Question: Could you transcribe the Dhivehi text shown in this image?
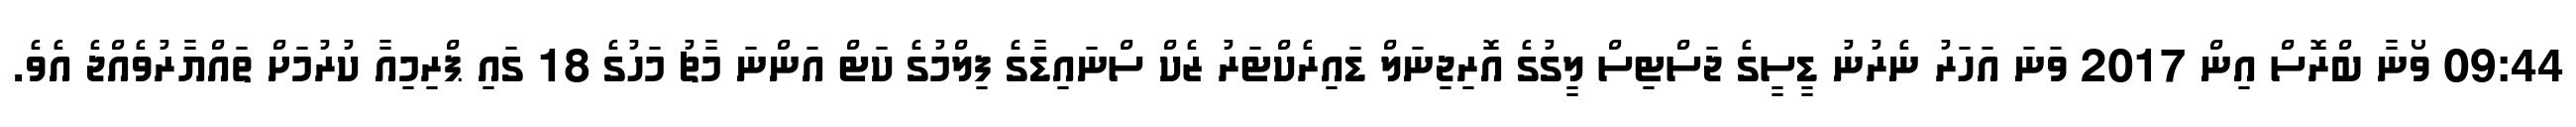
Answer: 09:44 ވޯނާ ބްރޮސް އިން 2017 ވަނަ އަހަރު ނެރުނު ޑީސީގެ ޖަސްޓިސް ލީގުގެ އޮރިޖިނަލް ޑައިރެކްޓަރު ޒެކް ސްނައިޑާގެ ފިލްމުގެ ކަޓް އަންނަ މާޗު މަހުގެ 18 ގައި ޕްރިމިއާ ކުރުމަށް ތައްޔާރުވެއްޖެ އެވެ.